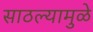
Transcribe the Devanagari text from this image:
साठल्यामुळे